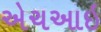
એચઆઇ